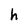
Character: h